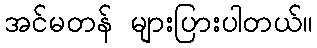
အင်မတန် များပြားပါတယ်။